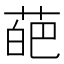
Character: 葩